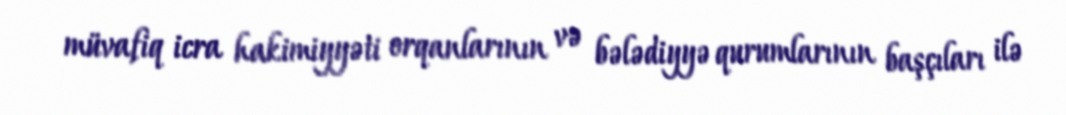
müvafiq icra hakimiyyəti orqanlarının və bələdiyyə qurumlarının başçıları ilə